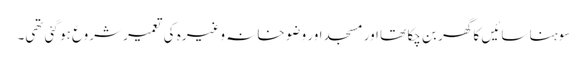
سوہنا سائیں کا گھر بن چکا تھا اور مسجد اور وضو خانہ وغیرہ کی تعمیر شروع ہو گئی تھی۔